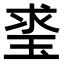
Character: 𤥲